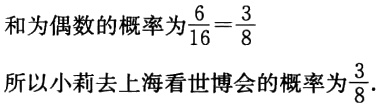
和为偶数的概率为$\frac{6}{16}=\frac{3}{8}$
所以小莉去上海看世博会的概率为$\frac{3}{8}$.